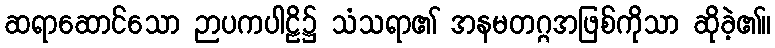
ဆရာဆောင်သော ဉာပကပါဠိ၌ သံသရာ၏ အနမတဂ္ဂအဖြစ်ကိုသာ ဆိုခဲ့၏။